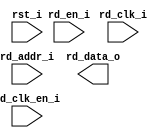
/*******************************************************************************
    Verilog netlist generated by IPGEN Lattice Radiant Software (64-bit)
    3.0.0.24.1
    Soft IP Version: 1.0.2
    2021 12 09 20:36:07
*******************************************************************************/
/*******************************************************************************
    Wrapper Module generated per user settings.
*******************************************************************************/
module dinodino (rd_clk_i, rst_i, rd_en_i, rd_clk_en_i, rd_addr_i, rd_data_o)/* synthesis syn_black_box syn_declare_black_box=1 */;
    input  rd_clk_i;
    input  rst_i;
    input  rd_en_i;
    input  rd_clk_en_i;
    input  [7:0]  rd_addr_i;
    output  [0:0]  rd_data_o;
endmodule